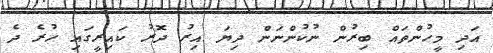
އަދި މީހުންތައް ބިރުން ނުކުންނަން ދިޔަ އިރު ދޮރު ކައިރީގައި ހުރެ ދެ